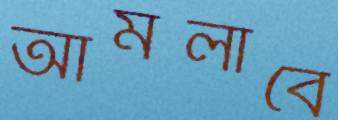
আমলাবে